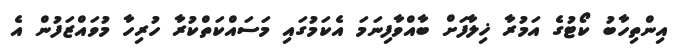
އިންތިހާބު ކޯޓުގެ އަމުރާ ޚިލާފަށް ބާއްވާފިނަމަ އެކަމުގައި މަސައްކަތްކުރާ ހުރިހާ މުވައްޒަފުން އެ